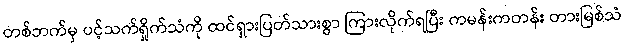
တစ်ဘက်မှ ပင့်သက်ရှိုက်သံကို ထင်ရှားပြတ်သားစွာ ကြားလိုက်ရပြီး ကမန်းကတန်း တားမြစ်သံ